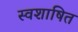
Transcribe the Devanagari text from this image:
स्वशाषित